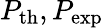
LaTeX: P_{\mathrm{th}},P_{\mathrm{exp}}